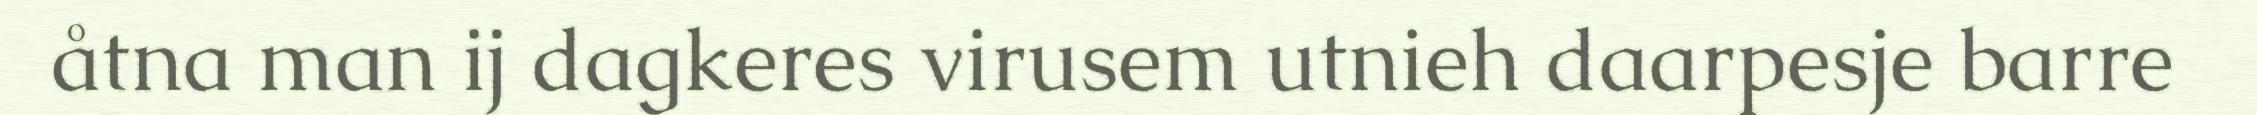
åtna man ij dagkeres virusem utnieh daarpesje barre